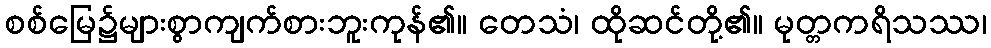
စစ်မြေ၌များစွာကျက်စားဘူးကုန်၏။ တေသံ၊ ထိုဆင်တို့၏။ မုတ္တကရိသဿ၊